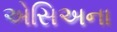
એસિઅના